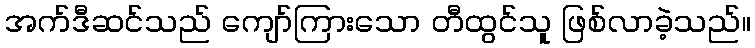
အက်ဒီဆင်သည် ကျော်ကြားသော တီထွင်သူ ဖြစ်လာခဲ့သည်။